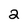
Character: 2